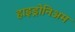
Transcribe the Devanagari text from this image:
हाइड्रोनिअम